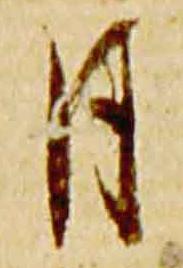
月